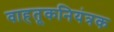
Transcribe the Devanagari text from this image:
वाहतूकनियंत्रक